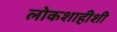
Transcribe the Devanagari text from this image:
लोकशाहीशी